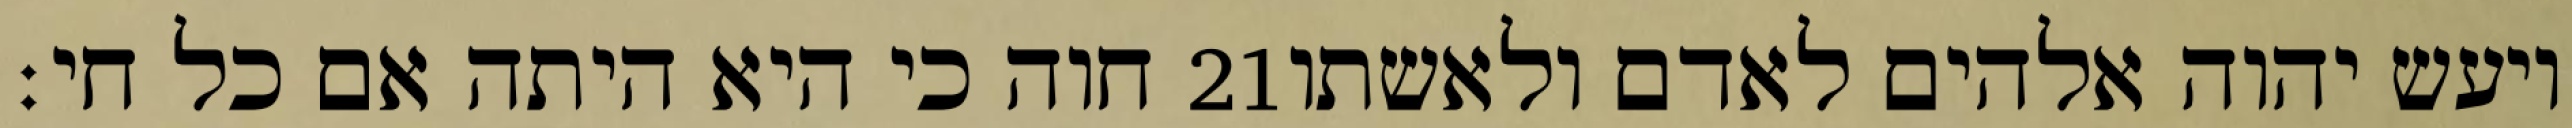
חוה כי היא היתה אם כל חי׃ ‎21‏ ויעש יהוה אלהים לאדם ולאשתו